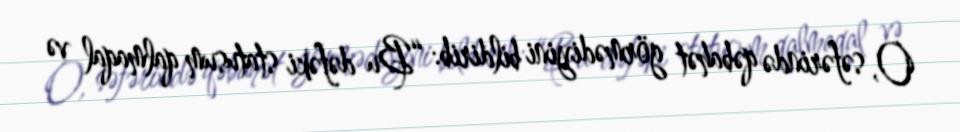
O, səfərində qəbahət görmədiyini bildirib: “Bu dəfəki statusum qalmaqal və